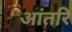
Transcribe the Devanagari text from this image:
आंतरि